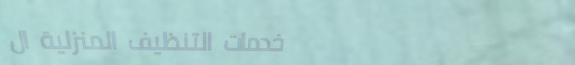
خدمات التنظيف المنزلية ال